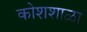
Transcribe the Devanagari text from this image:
कोशशाळा